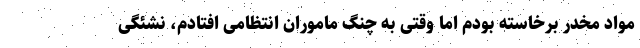
مواد مخدر برخاسته بودم اما وقتی به چنگ ماموران انتظامی افتادم، نشئگی